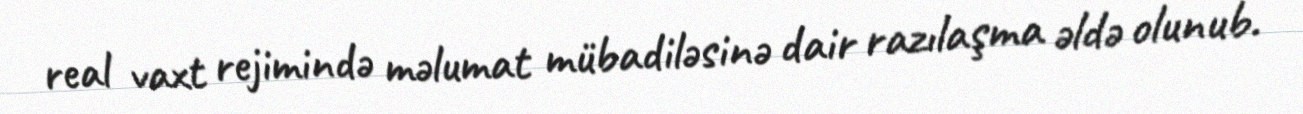
real vaxt rejimində məlumat mübadiləsinə dair razılaşma əldə olunub.